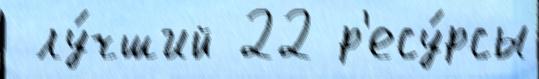
 лу́чший 22 р'есу́рсы